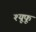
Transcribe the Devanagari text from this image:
श्यूफू